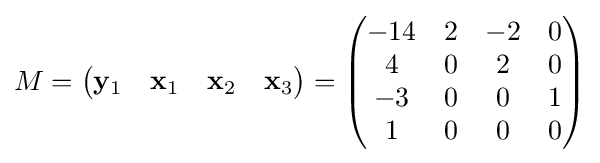
M={\begin{pmatrix}\mathbf {y} _{1}&\mathbf {x} _{1}&\mathbf {x} _{2}&\mathbf {x} _{3}\end{pmatrix}}={\begin{pmatrix}-14&2&-2&0\\4&0&2&0\\-3&0&0&1\\1&0&0&0\end{pmatrix}}